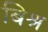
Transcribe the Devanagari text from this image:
बिश्र